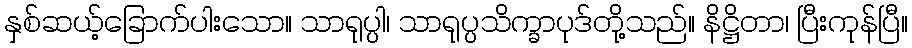
နှစ်ဆယ့်ခြောက်ပါးသော။ သာရုပ္ပါ၊ သာရုပ္ပသိက္ခာပုဒ်တို့သည်။ နိဋ္ဌိတာ၊ ပြီးကုန်ပြီ။